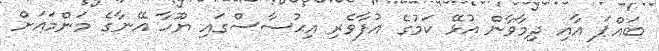
ބައްޕަ އާއި ދިމާވާން އުޅޭ ކަމުގެ އުފާވެރި އިޙުސާސްގައި ޔޫހާ އޭނާގެ މަންމައަށް